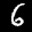
Label: 6